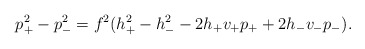
\begin{align*} p_+^2-p_-^2=f^2(h_+^2-h_-^2-2h_+v_+p_++2h_-v_-p_-).\end{align*}